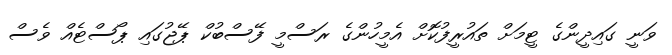
ވަނީ ގައިދީންގެ ޓީމަށް ތައުރީފުކޮށް އެމީހުންގެ ރަސްމީ ފޭސްބުކް ޕޭޖުގައި ޕޯސްޓެއް ވެސް